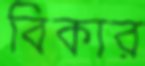
বিকার